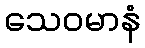
သေဝမာနံ